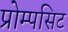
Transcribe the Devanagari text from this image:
प्रोम्पसिट